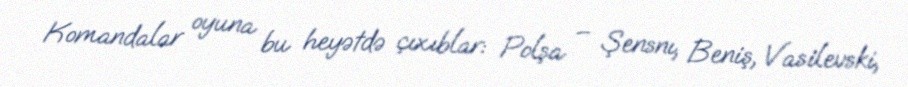
Komandalar oyuna bu heyətdə çıxıblar: Polşa – Şensnı, Beniş, Vasilevski,